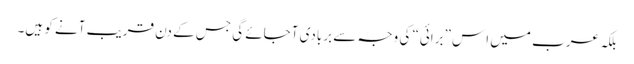
بلکہ عرب میں اِس ”برائی“ کی وجہ سے بربادی آجائے گی جس کے دن قریب آنے کو ہیں۔